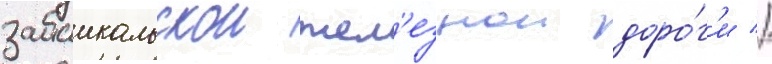
забаикальскои жел'езнои доро́г'и //